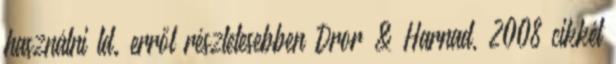
használni ld. erről részletesebben Dror & Harnad, 2008 cikkét